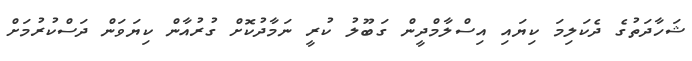
ޝަހާދަތުގެ ދެކަލިމަ ކިޔައި އިސްލާމްދީން ގަބޫލު ކުރީ ނަމާދުކޮށް ގުރުއާން ކިޔަވަން ދަސްކުރުމަށް